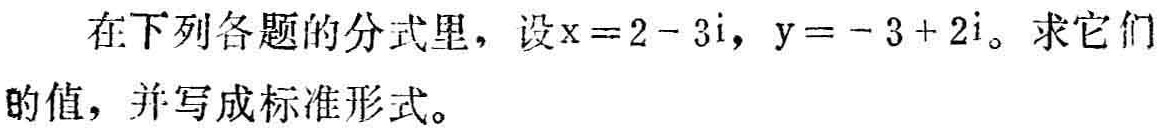
在下列各题的分式里，设\(x = 2 - 3i\)，\(y = - 3 + 2i\)。求它们的值，并写成标准形式。